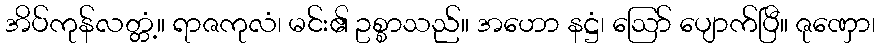
အိပ်ကုန်လတ္တံ့။ ရာဇကုလံ၊ မင်း၏ ဥစ္စာသည်။ အဟော နဋ္ဌံ၊ ဩော် ပျောက်ပြီ။ ဇုဏှော၊